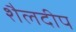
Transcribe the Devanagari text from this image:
शैलदीप